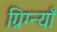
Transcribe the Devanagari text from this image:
ग्रिग्न्याँ